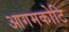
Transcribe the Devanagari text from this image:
आगमकोटि